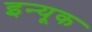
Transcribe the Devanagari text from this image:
इन्यूक